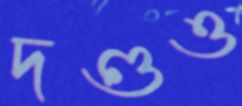
দণ্ডও